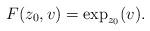
LaTeX: \begin{align*} F(z_0,v) = \exp_{z_0}(v).\end{align*}